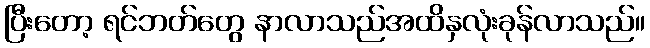
ပြီးတော့ ရင်ဘတ်တွေ နာလာသည်အထိနှလုံးခုန်လာသည်။